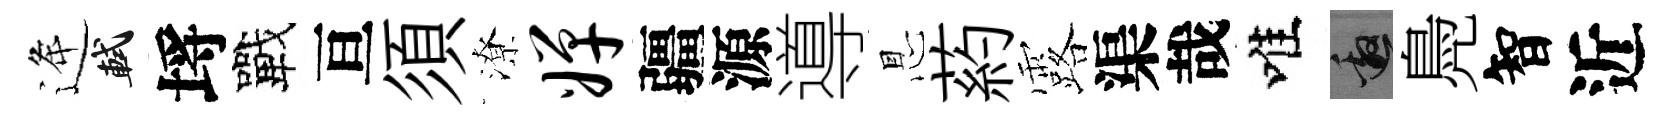
逄軾埓戰亘須潦婵疆源導㤙葯露渠哉唯邀鳧智近